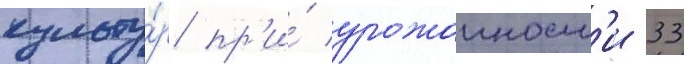
культу́р пр'и́ урожаиност'и 33